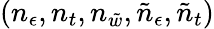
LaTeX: (n_{\epsilon},n_{t},n_{\tilde{w}},\tilde{n}_{\epsilon},\tilde{n}_{t})